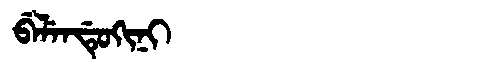
Manchu: ᠪᡝᠯᡝᠨᡩᡠᡴᡳᠨᡳ
Romanization: BELENDUKINI